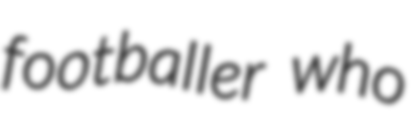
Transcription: footballer who